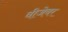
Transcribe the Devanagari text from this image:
वीजेवर